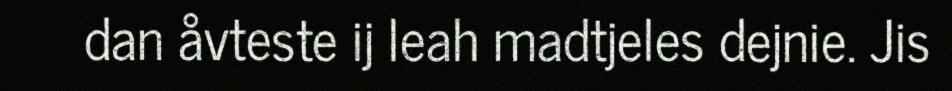
dan åvteste ij leah madtjeles dejnie. Jis